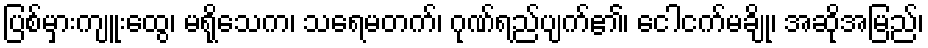
ပြစ်မှားကျူးထွေ၊ မရိုသေက၊ သရေမတက်၊ ဂုဏ်ရည်ပျက်၏၊ ငေါငက်မချို၊ အဆိုအမြည်၊